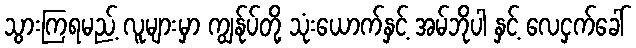
သွားကြရမည့် လူများမှာ ကျွန်ုပ်တို့ သုံးယောက်နှင့် အမ်ဘိုပါ နှင့် လေငှက်ခေါ်